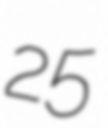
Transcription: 25